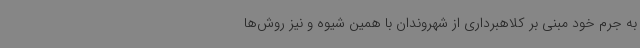
به جرم خود مبنی بر کلاهبرداری از شهروندان با همین شیوه و نیز روش‌ها